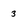
Character: 3